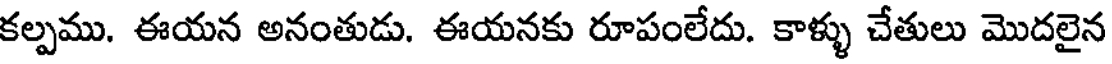
కల్పము. ఈయన అనంతుడు. ఈయనకు రూపంలేదు. కాళ్ళు చేతులు మొదలైన